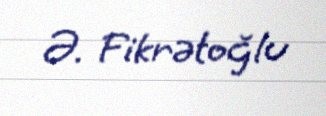
Ə. Fikrətoğlu